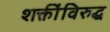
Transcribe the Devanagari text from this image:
शक्तींविरुद्ध